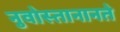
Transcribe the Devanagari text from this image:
नुवोस्तानानते